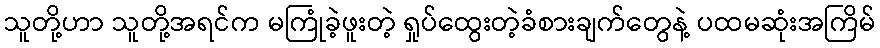
သူတို့ဟာ သူတို့အရင်က မကြုံခဲ့ဖူးတဲ့ ရှုပ်ထွေးတဲ့ခံစားချက်တွေနဲ့ ပထမဆုံးအကြိမ်